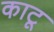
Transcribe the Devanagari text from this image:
काटू